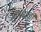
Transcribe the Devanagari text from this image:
मुगदाळी